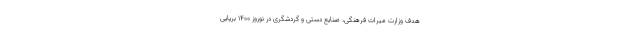
هدف وزارت میراث فرهنگی، صنایع دستی و گردشگری در نوروز ۱۴۰۰ برپایی